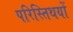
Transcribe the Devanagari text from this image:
परिस्तिथयों